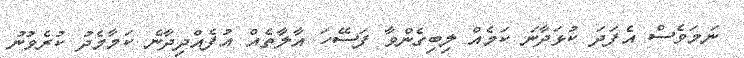
ނަމަވެސް އެފަދަ ކުޅަދާނަ ކަމެއް ލިބިގެންވާ ފަސޭހަ އާލާތެއް އުފެއްދިދާނެ ކަމާމެދު ކުރެވުނު